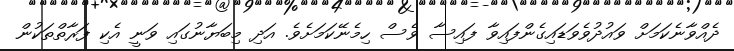
ދެއްވާނެކަމަށް ވައުދުވެވަޑައިގެންފައިވާ ފައިސާ ވެސް ހިމެނޭކަމަށެވެ. އަދި މިބަޔާނުގައި ވަނީ އެކި ފަރާތްތަކުން